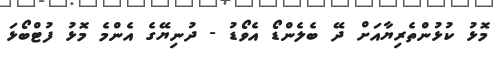
މޮޅު ކުޅުންތެރިޔާއަށް ދޭ ބެލެންޑޯ އެވޯޑު - ދުނިޔޭގެ އެންމެ މޮޅު ފުޓްބޯޅަ